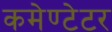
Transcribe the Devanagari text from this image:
कमेण्टेटर